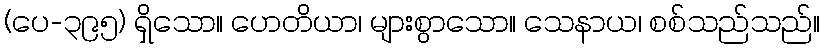
(ပေ-၃၉၅) ရှိသော။ ဟေတိယာ၊ များစွာသော။ သေနာယ၊ စစ်သည်သည်။